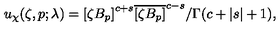
u _ { \chi } ( \zeta , p ; \lambda ) = { [ \zeta B _ { p } ] } ^ { c + s } { \overline { { [ \zeta B _ { p } ] } } } ^ { c - s } / \Gamma ( c + | s | + 1 ) ,